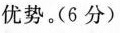
优势。(6分)